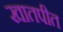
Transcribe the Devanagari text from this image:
खातपीत